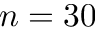
n = 3 0